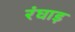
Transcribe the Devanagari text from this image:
रंघाड़